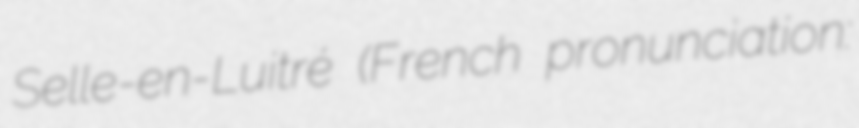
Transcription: Selle-en-Luitré (French pronunciation: